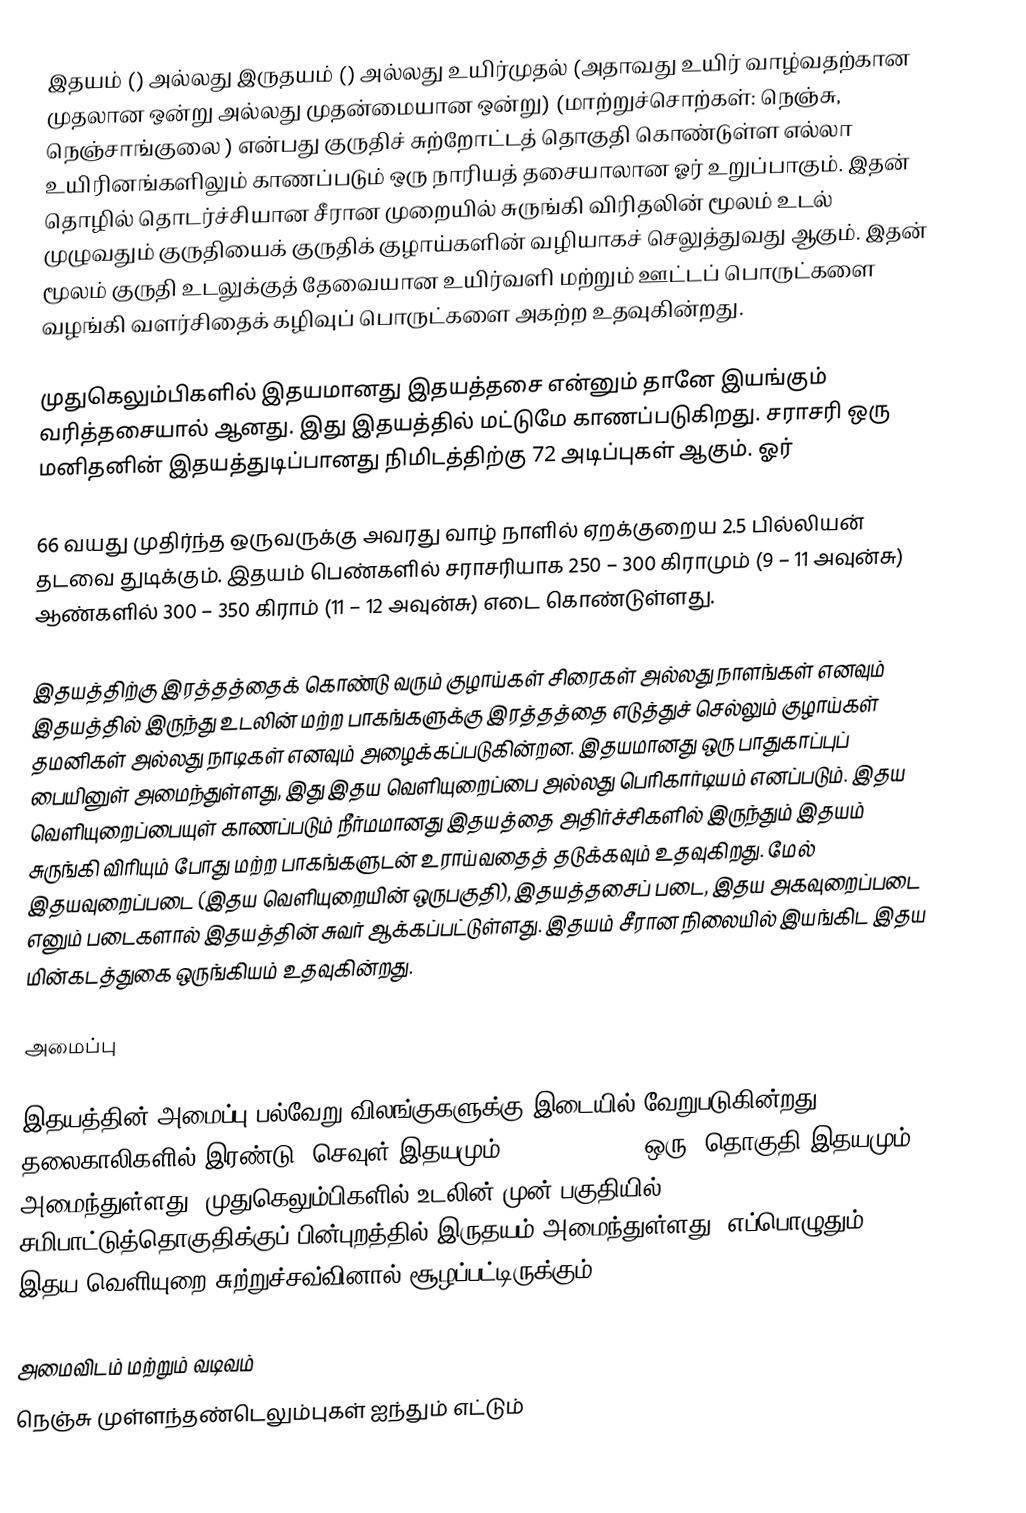
இதயம் ()  அல்லது இருதயம் () அல்லது உயிர்முதல் (அதாவது  உயிர் வாழ்வதற்கான முதலான ஒன்று அல்லது முதன்மையான  ஒன்று) (மாற்றுச்சொற்கள்: நெஞ்சு, நெஞ்சாங்குலை ) என்பது குருதிச் சுற்றோட்டத் தொகுதி கொண்டுள்ள எல்லா உயிரினங்களிலும் காணப்படும் ஒரு நாரியத் தசையாலான ஓர் உறுப்பாகும். இதன் தொழில் தொடர்ச்சியான சீரான முறையில் சுருங்கி விரிதலின் மூலம் உடல் முழுவதும் குருதியைக் குருதிக் குழாய்களின் வழியாகச் செலுத்துவது ஆகும். இதன் மூலம் குருதி உடலுக்குத் தேவையான உயிர்வளி மற்றும் ஊட்டப் பொருட்களை வழங்கி வளர்சிதைக் கழிவுப் பொருட்களை அகற்ற உதவுகின்றது.

முதுகெலும்பிகளில் இதயமானது இதயத்தசை என்னும் தானே இயங்கும் வரித்தசையால் ஆனது. இது இதயத்தில் மட்டுமே காணப்படுகிறது. சராசரி ஒரு மனிதனின் இதயத்துடிப்பானது நிமிடத்திற்கு 72 அடிப்புகள் ஆகும். ஓர்

66 வயது முதிர்ந்த ஒருவருக்கு அவரது வாழ் நாளில் ஏறக்குறைய 2.5 பில்லியன் தடவை துடிக்கும். இதயம் பெண்களில் சராசரியாக 250 – 300 கிராமும் (9 – 11 அவுன்சு) ஆண்களில் 300 – 350 கிராம் (11 – 12 அவுன்சு) எடை கொண்டுள்ளது.

இதயத்திற்கு இரத்தத்தைக் கொண்டு வரும் குழாய்கள் சிரைகள் அல்லது நாளங்கள் எனவும் இதயத்தில் இருந்து உடலின் மற்ற பாகங்களுக்கு இரத்தத்தை எடுத்துச் செல்லும் குழாய்கள் தமனிகள் அல்லது நாடிகள் எனவும் அழைக்கப்படுகின்றன. இதயமானது ஒரு பாதுகாப்புப் பையினுள் அமைந்துள்ளது, இது இதய வெளியுறைப்பை அல்லது பெரிகார்டியம் எனப்படும். இதய வெளியுறைப்பையுள் காணப்படும் நீர்மமானது இதயத்தை அதிர்ச்சிகளில் இருந்தும் இதயம் சுருங்கி விரியும் போது மற்ற பாகங்களுடன் உராய்வதைத் தடுக்கவும் உதவுகிறது. மேல் இதயவுறைப்படை (இதய வெளியுறையின் ஒருபகுதி), இதயத்தசைப் படை, இதய அகவுறைப்படை எனும் படைகளால்  இதயத்தின் சுவர் ஆக்கப்பட்டுள்ளது. இதயம் சீரான நிலையில் இயங்கிட இதய மின்கடத்துகை ஒருங்கியம் உதவுகின்றது.

அமைப்பு

இதயத்தின் அமைப்பு பல்வேறு விலங்குகளுக்கு இடையில் வேறுபடுகின்றது, தலைகாலிகளில் இரண்டு "செவுள் இதயமும்" (gill hearts) ஒரு "தொகுதி இதயமும்" அமைந்துள்ளது. முதுகெலும்பிகளில் உடலின் முன் பகுதியில் சமிபாட்டுத்தொகுதிக்குப் பின்புறத்தில் இருதயம் அமைந்துள்ளது. எப்பொழுதும் இதய வெளியுறை சுற்றுச்சவ்வினால் சூழப்பட்டிருக்கும்.

அமைவிடம் மற்றும் வடிவம்
நெஞ்சு முள்ளந்தண்டெலும்புகள் ஐந்தும் எட்டும்